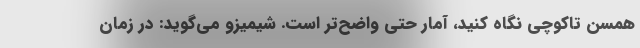
همسن تاکوچی نگاه کنید، آمار حتی واضح‌تر است. شیمیزو می‌گوید: در زمان